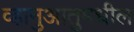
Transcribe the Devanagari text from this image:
व्हानुआतुमधील